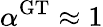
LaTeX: \alpha^{\mathrm{GT}}\approx 1